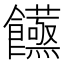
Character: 𮩙